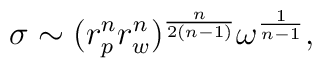
\sigma \sim (r_p^n r_w^n)^{n\over 2(n-1)} \omega^{1\over n-1},